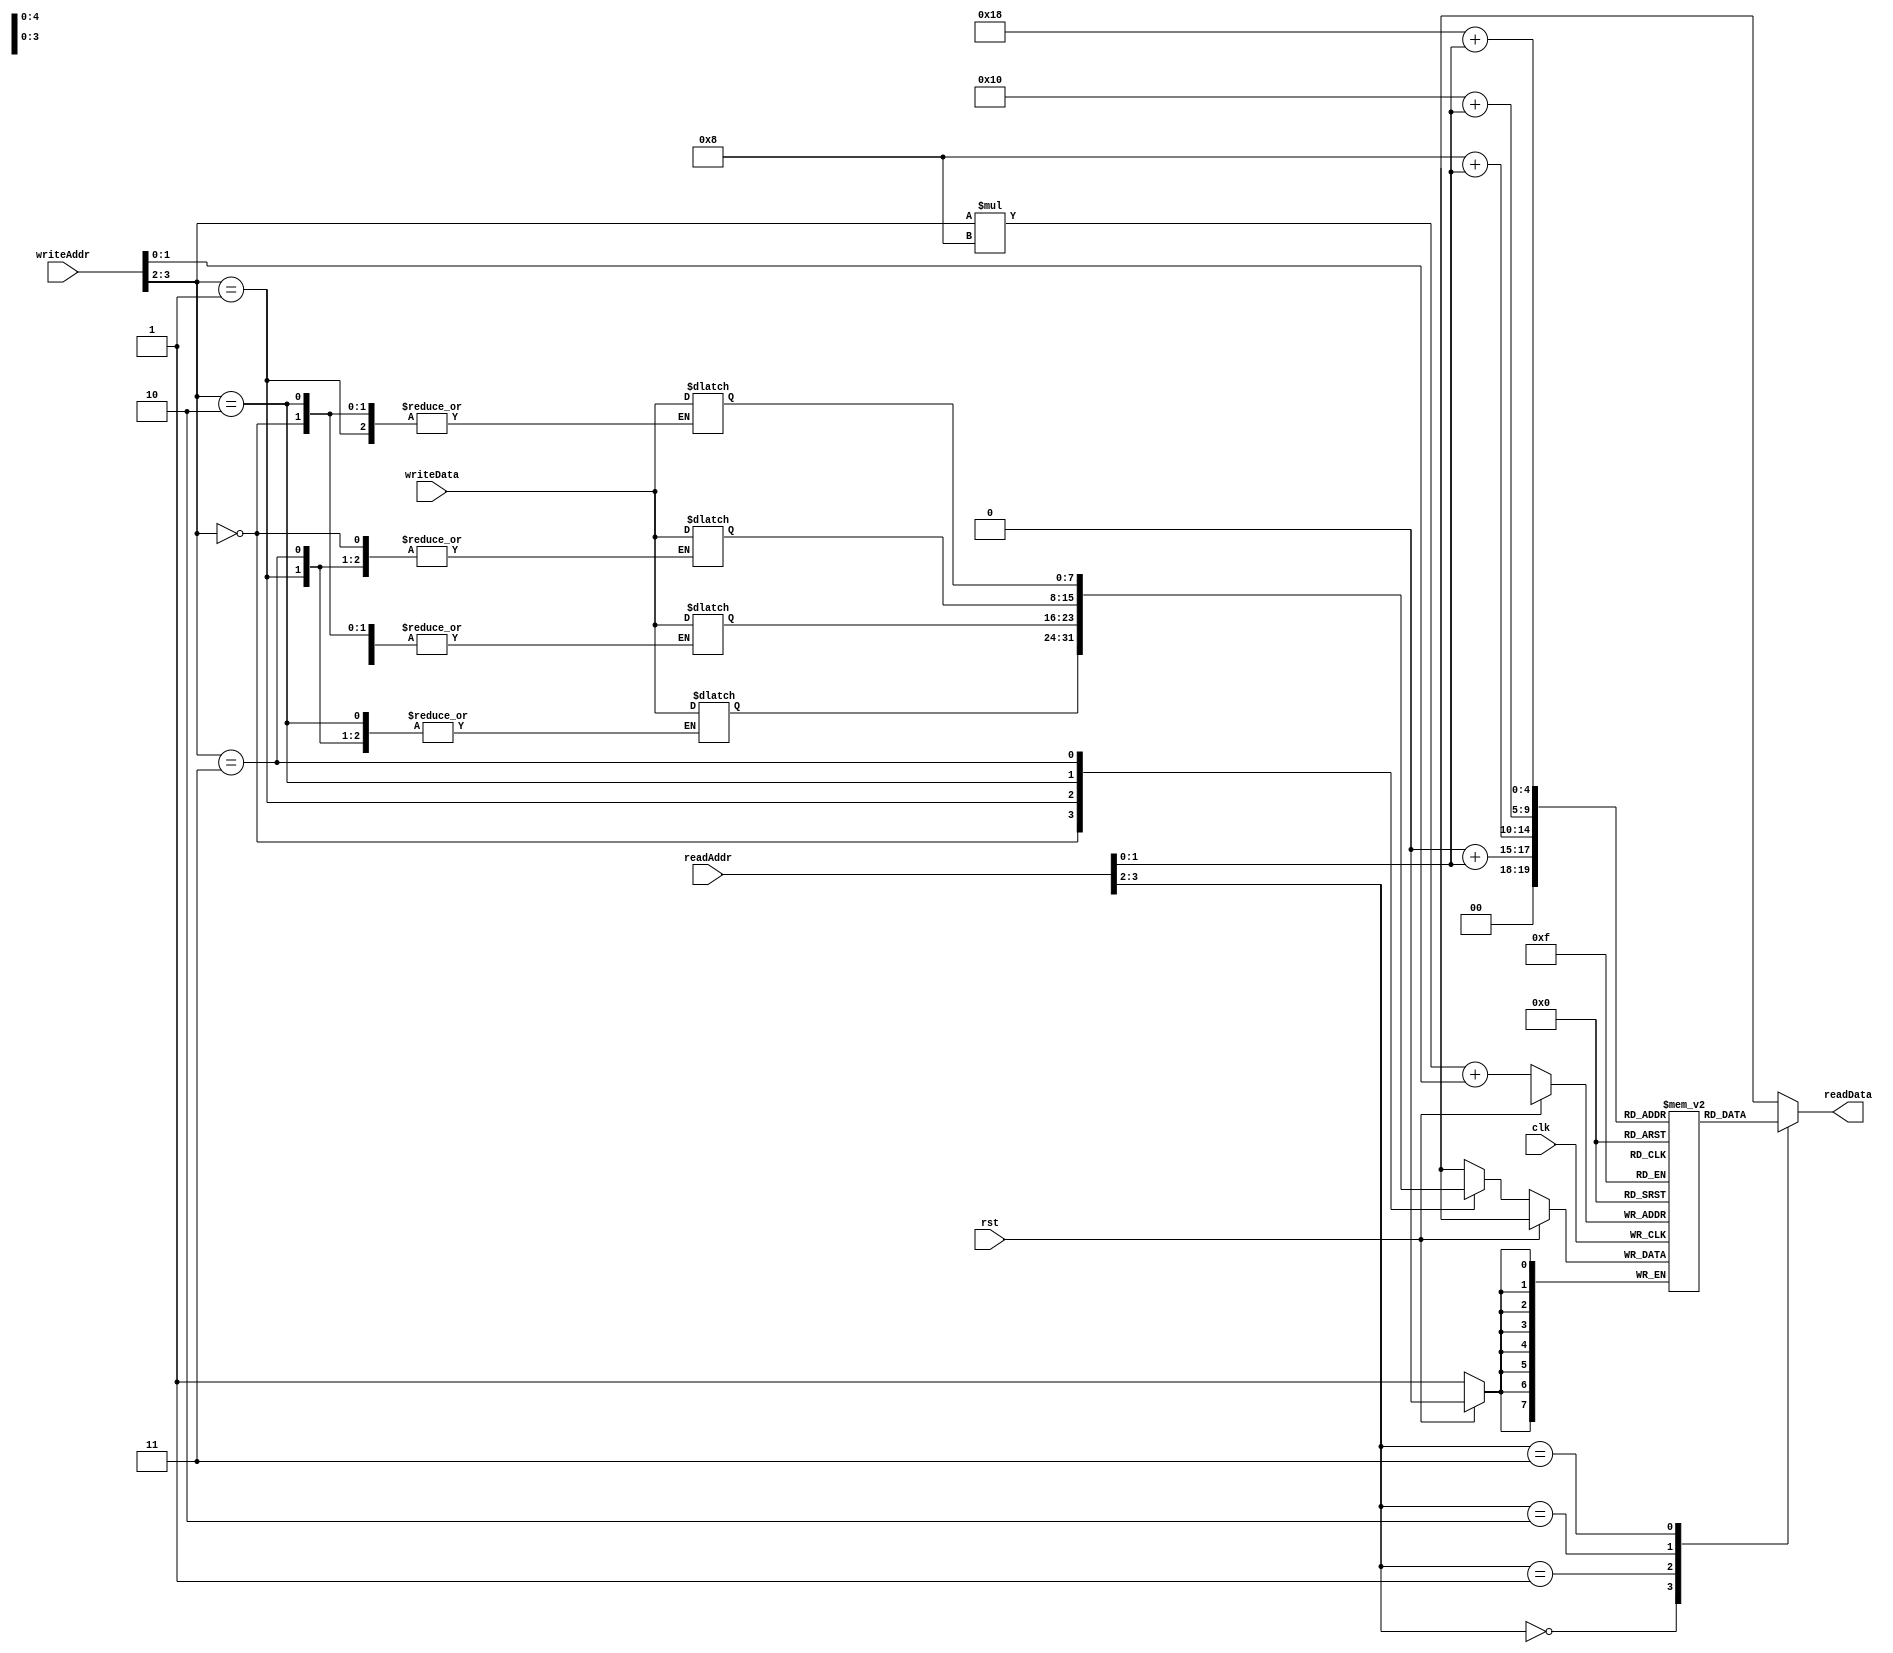
module RegisterFile (
    input wire clk,
    input wire rst,
    input wire [3:0] writeAddr,
    input wire [3:0] readAddr,
    input wire [7:0] writeData,
    output reg [7:0] readData
);

// Define parameter for the number of registers in each block
parameter NUM_REGISTERS_PER_BLOCK = 8;
// Define parameter for the number of register blocks
parameter NUM_BLOCKS = 4;

// Declare registers for each block
reg [7:0] blocks [NUM_BLOCKS-1:0][NUM_REGISTERS_PER_BLOCK-1:0];

// Declare multiplexers for selecting input data to be written
reg [7:0] writeMux [NUM_BLOCKS-1:0];
always @(*) begin
    case(writeAddr[3:2])
        0: writeMux[0] = writeData;
        1: writeMux[1] = writeData;
        2: writeMux[2] = writeData;
        3: writeMux[3] = writeData;
        default: writeMux[0] = writeData;
    endcase
end

// Declare decoder for selecting register to be read
always @(*) begin
    case(readAddr[3:2])
        0: readData = blocks[0][readAddr[1:0]];
        1: readData = blocks[1][readAddr[1:0]];
        2: readData = blocks[2][readAddr[1:0]];
        3: readData = blocks[3][readAddr[1:0]];
        default: readData = 8'b0;
    endcase
end

// Write data to selected register
always @(posedge clk) begin
    if(!rst) begin
        blocks[writeAddr[3:2]][writeAddr[1:0]] <= writeMux[writeAddr[3:2]];
    end
end

endmodule